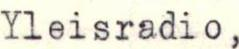
Yleisradio,